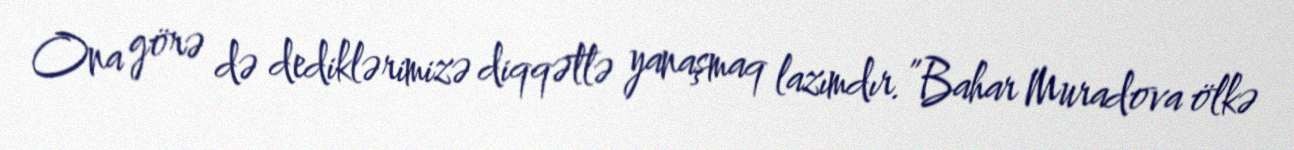
Ona görə də dediklərimizə diqqətlə yanaşmaq lazımdır.”Bahar Muradova ölkə